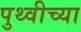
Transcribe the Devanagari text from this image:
पुथ्वीच्या